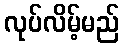
လုပ်လိမ့်မည်